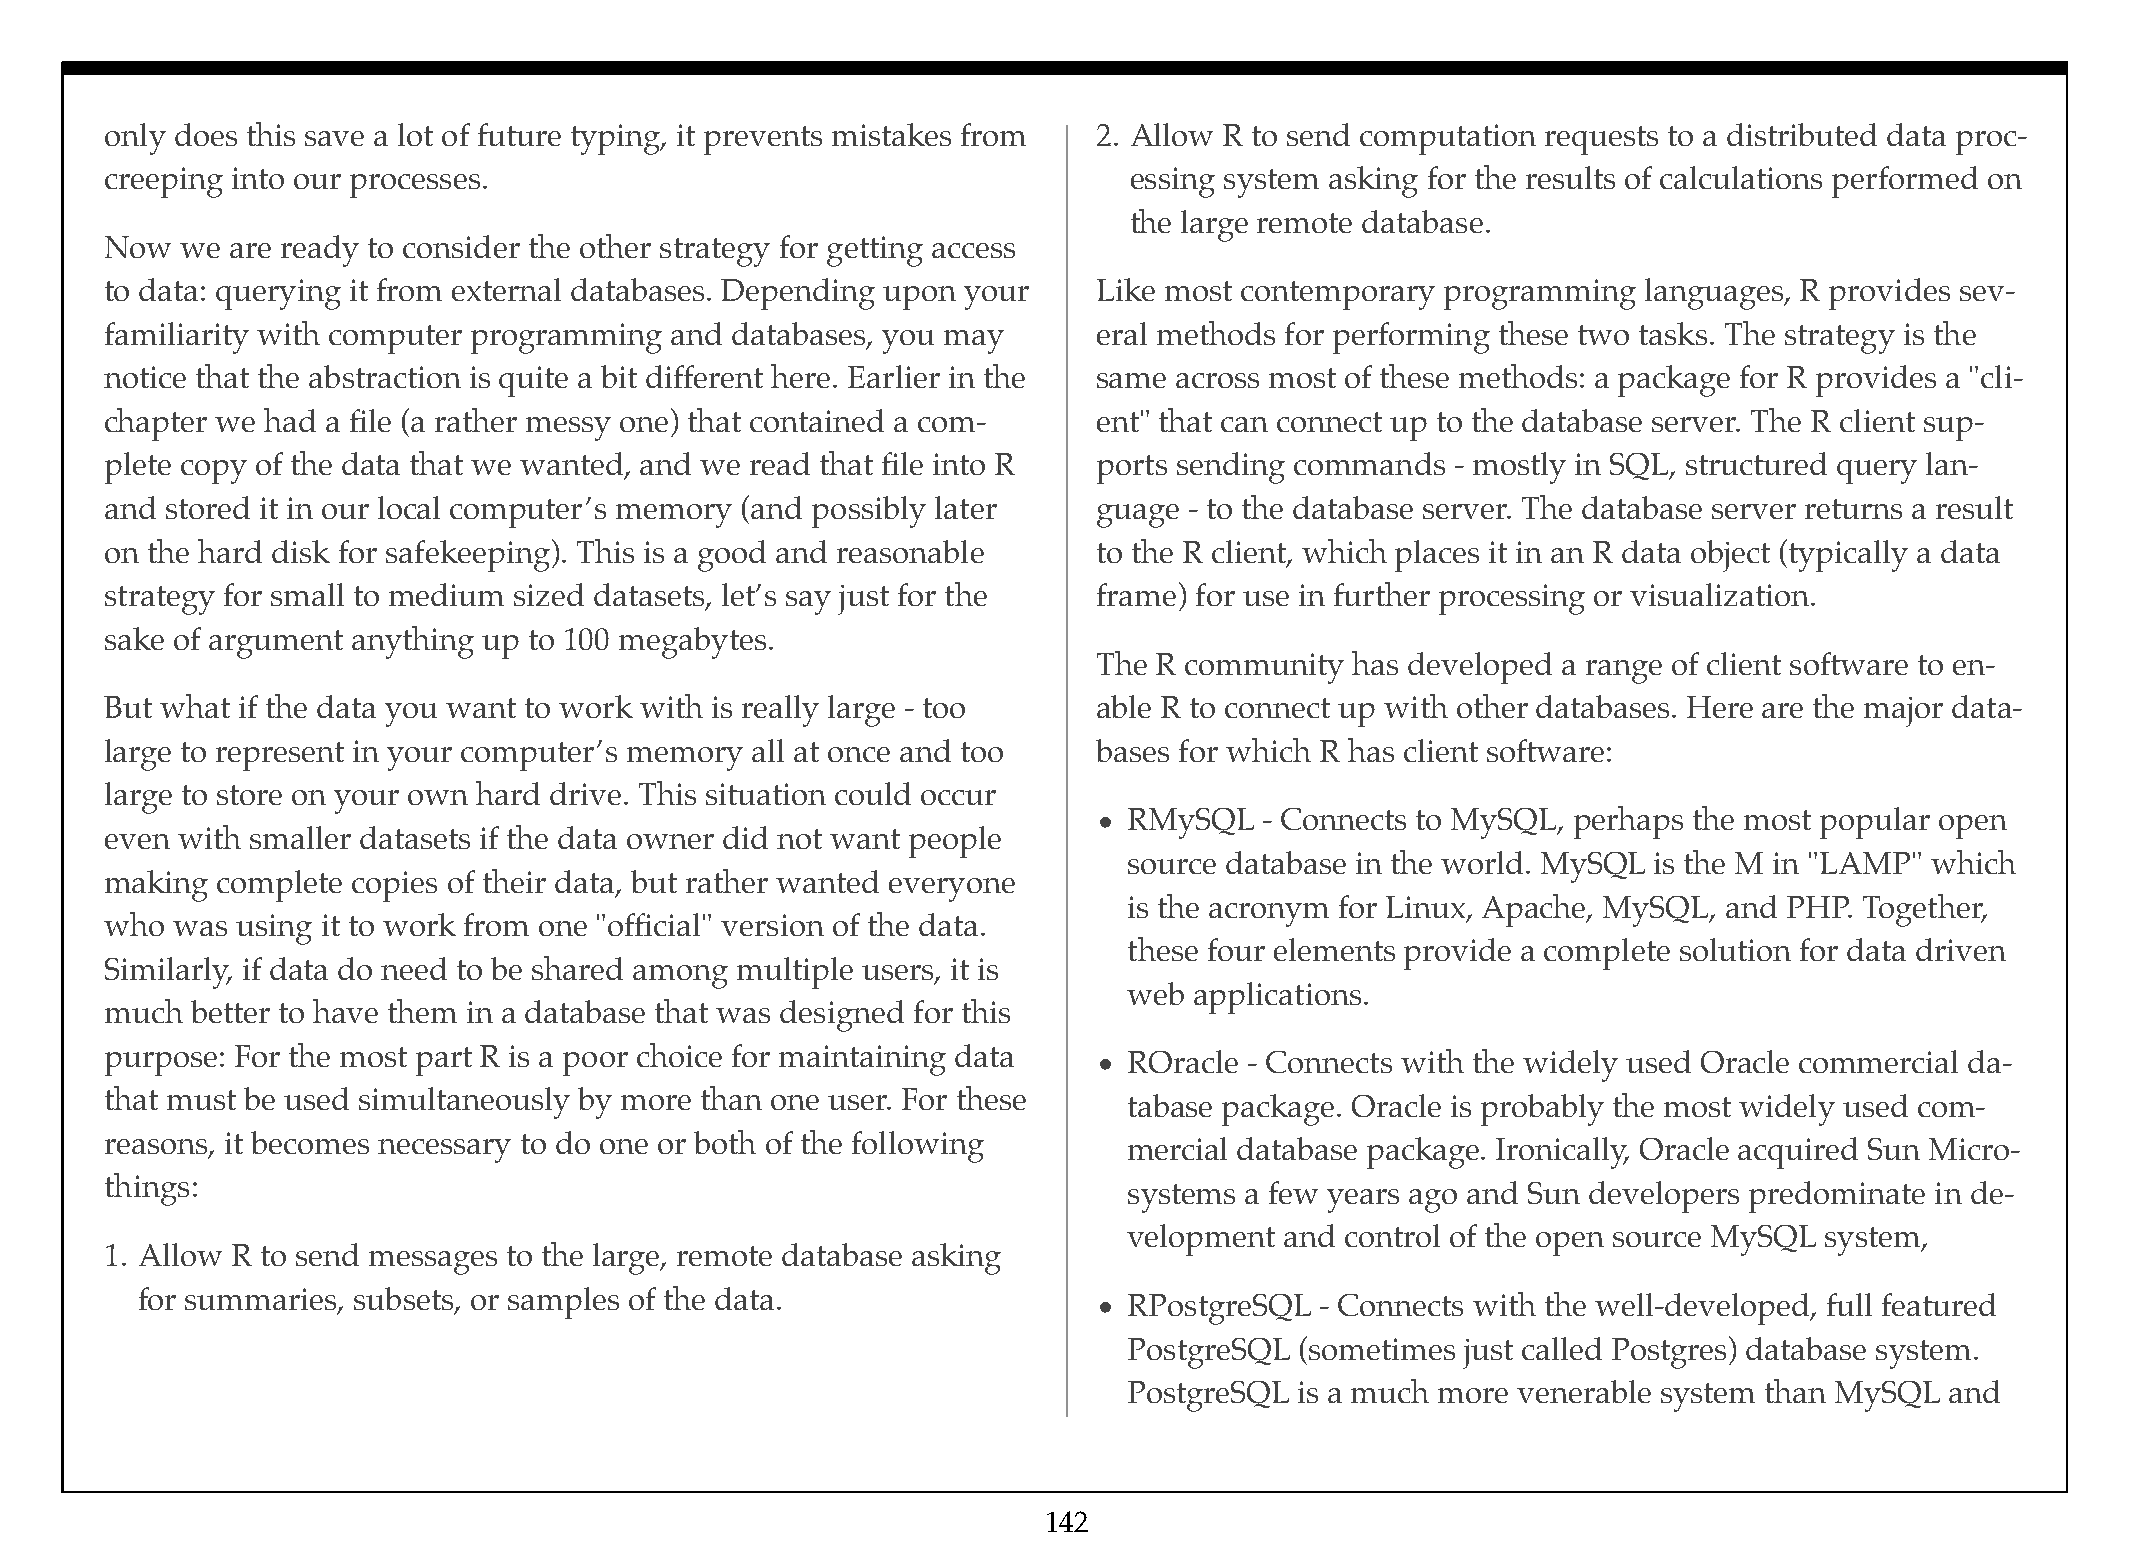
only does this save a lot of future typing, it prevents mistakes from 2. Allow R to send computation requests to a distributed data proc-
 creeping into our processes.                                        essing system asking for the results of calculations performed on
 the large remote database.
 Now  we are ready to consider the other strategy for getting access
 to data: querying it from external databases. Depending upon your Like most contemporary programming  languages, R provides sev-
 familiarity with computer programming and databases, you may      eral methods for performing these two tasks. The strategy is the
 notice that the abstraction is quite a bit different here. Earlier in the same across most of these methods: a package for R provides a "cli-
 chapter we had a file (a rather messy one) that contained a com-  ent" that can connect up to the database server. The R client sup-
 plete copy of the data that we wanted, and we read that file into R ports sending commands - mostly in SQL, structured query lan-
 and stored it in our local computer’s memory (and possibly later  guage - to the database server. The database server returns a result
 on the hard disk for safekeeping). This is a good and reasonable  to the R client, which places it in an R data object (typically a data
 strategy for small to medium sized datasets, let’s say just for the frame) for use in further processing or visualization.
 sake of argument anything up to 100 megabytes.
 The R community  has developed a range of client software to en-
 But what if the data you want to work with is really large - too  able R to connect up with other databases. Here are the major data-
 large to represent in your computer’s memory all at once and too  bases for which R has client software:
 large to store on your own hard drive. This situation could occur
 • RMySQL   - Connects to MySQL, perhaps the most popular open
 even with smaller datasets if the data owner did not want people
 source database in the world. MySQL is the M in "LAMP" which
 making complete copies of their data, but rather wanted everyone
 is the acronym for Linux, Apache, MySQL, and PHP. Together,
 who was  using it to work from one "official" version of the data.
 these four elements provide a complete solution for data driven
 Similarly, if data do need to be shared among multiple users, it is
 web applications.
 much  better to have them in a database that was designed for this
 purpose: For the most part R is a poor choice for maintaining data
 • ROracle - Connects with the widely used Oracle commercial da-
 that must be used simultaneously by more than one user. For these
 tabase package. Oracle is probably the most widely used com-
 reasons, it becomes necessary to do one or both of the following
 mercial database package. Ironically, Oracle acquired Sun Micro-
 things:
 systems a few years ago and Sun developers predominate in de-
 velopment and control of the open source MySQL system,
 1. Allow R to send messages to the large, remote database asking
 for summaries, subsets, or samples of the data.
 • RPostgreSQL - Connects with the well-developed, full featured
 PostgreSQL (sometimes just called Postgres) database system.
 PostgreSQL is a much more venerable system than MySQL and
 142